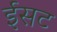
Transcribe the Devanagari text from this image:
ईसट